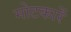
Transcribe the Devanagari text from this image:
मोटकारें